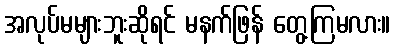
အလုပ်မများဘူးဆိုရင် မနက်ဖြန် တွေ့ကြမလား။